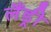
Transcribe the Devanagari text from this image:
लैंड्री